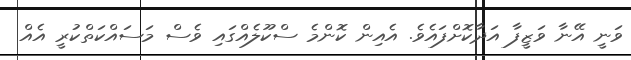
ވަނީ އޭނާ ވަޒީފާ އަދާކޮށްފައެވެ. އެއިން ކޮންމެ ސްކޫލެއްގައި ވެސް މަސައްކަތްކުރީ އެއް